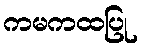
ကမကထပြု